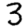
Digit: 3